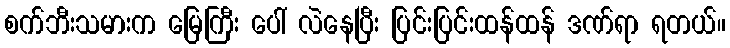
စက်ဘီးသမားက မြေကြီး ပေါ် လဲနေပြီး ပြင်းပြင်းထန်ထန် ဒဏ်ရာ ရတယ်။